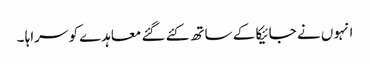
انہوں نے جائیکا کے ساتھ کئے گئے معاہدے کو سراہا ۔